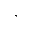
^ { , }